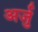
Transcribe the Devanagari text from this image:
अर्जु